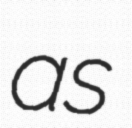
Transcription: as